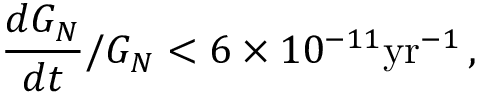
\frac { d G _ { N } } { d t } / G _ { N } < 6 \times 1 0 ^ { - 1 1 } \mathrm { y r } ^ { - 1 } \, ,